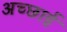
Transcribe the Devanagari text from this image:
अच्‍छाई